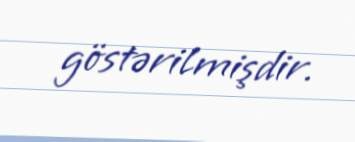
göstərilmişdir.